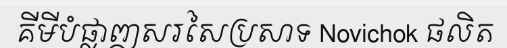
គីមីបំផ្លាញសរសៃប្រសាទ Novichok ផលិត